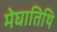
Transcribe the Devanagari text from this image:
मेघातिथि